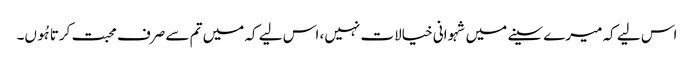
اس لیے کہ میرے سینے میں شہوانی خیالات نہیں، اس لیے کہ میں تم سے صرف محبت کرتا ہُوں۔